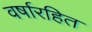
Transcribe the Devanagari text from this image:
वर्षारहित